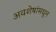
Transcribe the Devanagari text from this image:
अवशेषांमधून